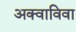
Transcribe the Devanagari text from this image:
अक्वाविवा